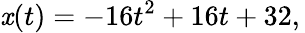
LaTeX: \mathit{x}(t)=-16t^{2}+16t+32,\,